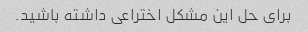
برای حل این مشکل اختراعی داشته باشید.